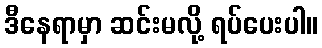
ဒီနေရာမှာ ဆင်းမလို့ ရပ်ပေးပါ။